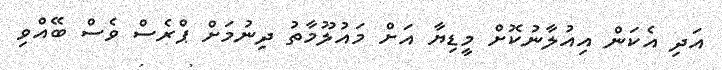
އަދި އެކަން އިއުލާނުކޮށް މީޑިޔާ އަށް މައުލޫމާތު ދިނުމަށް ޕްރެސް ވެސް ބޭއްވި